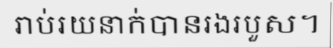
រាប់រយនាក់បានរងរបួស។